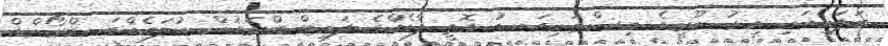
ބަލައިއައި އިރު ނޫރީގެ އިސްތަށިގަނޑު އޮތީ ފާޑެއްގެ ލައިޓް ބްރައުން ކުލައެއްގަ. ބްރޯންޑް